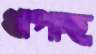
খাপাচ্ছ